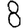
Digit: 8